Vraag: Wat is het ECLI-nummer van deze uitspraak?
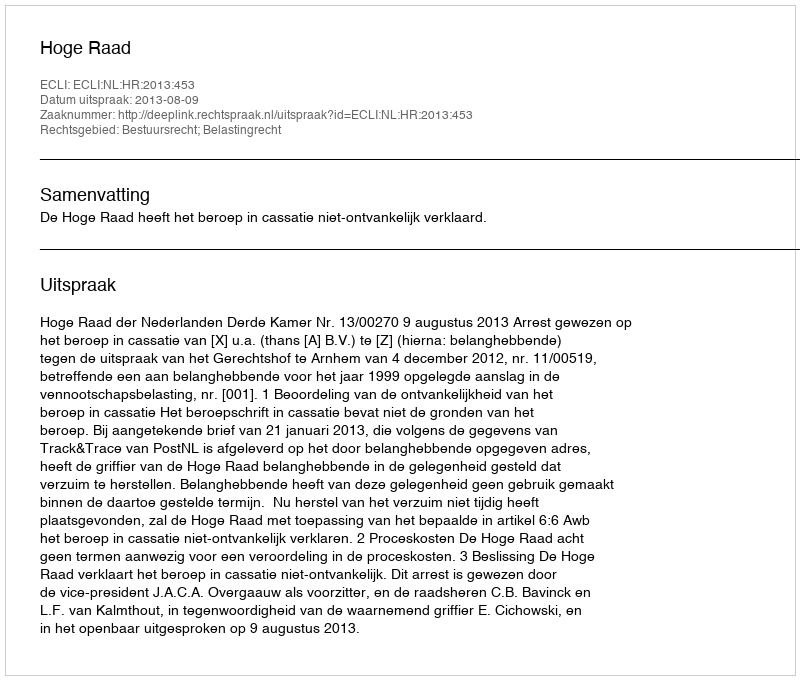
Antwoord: ECLI:NL:HR:2013:453